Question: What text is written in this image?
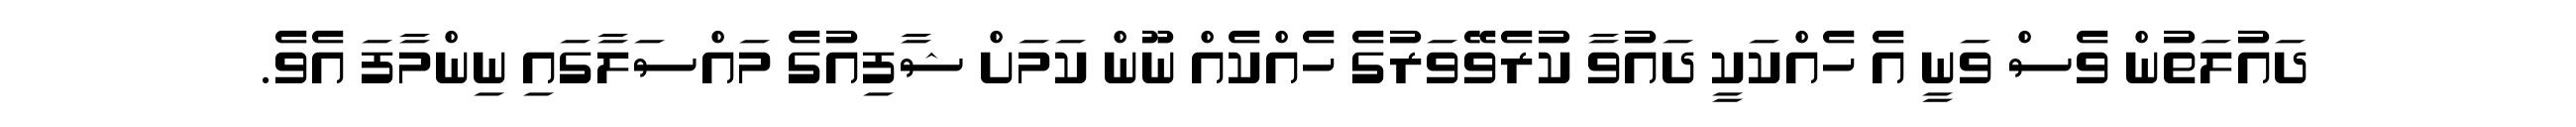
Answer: ދައުލަތުން ވެސް ވަނީ އެ ހެއްކަކީ ދައުވާ ކުރެވޭވަރުގެ ހެއްކެއް ނޫން ކަމަށް ޝާފިއުގެ މައްސަލާގައި ނިންމާފަ އެވެ.